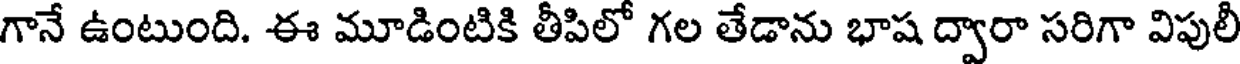
గానే ఉంటుంది. ఈ మూడింటికి తీపిలో గల తేడాను భాష ద్వారా సరిగా విపులీ